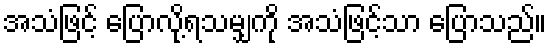
အသံဖြင့် ပြောလို့ရသမျှကို အသံဖြင့်သာ ပြောသည်။